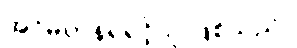
အင်မတန်ရဲရင့်သူ ဖြစ်သည်။